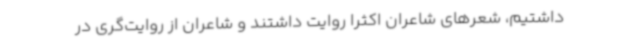
داشتیم، شعرهای شاعران اکثرا روایت داشتند و شاعران از روایت‌گری در